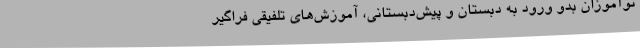
نوآموزان بدو ورود به دبستان و پیش‌دبستانی، آموزش‌های تلفیقی فراگیر